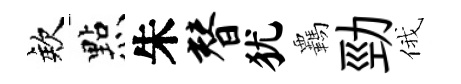
欸㸃朱替犹覊勁俄